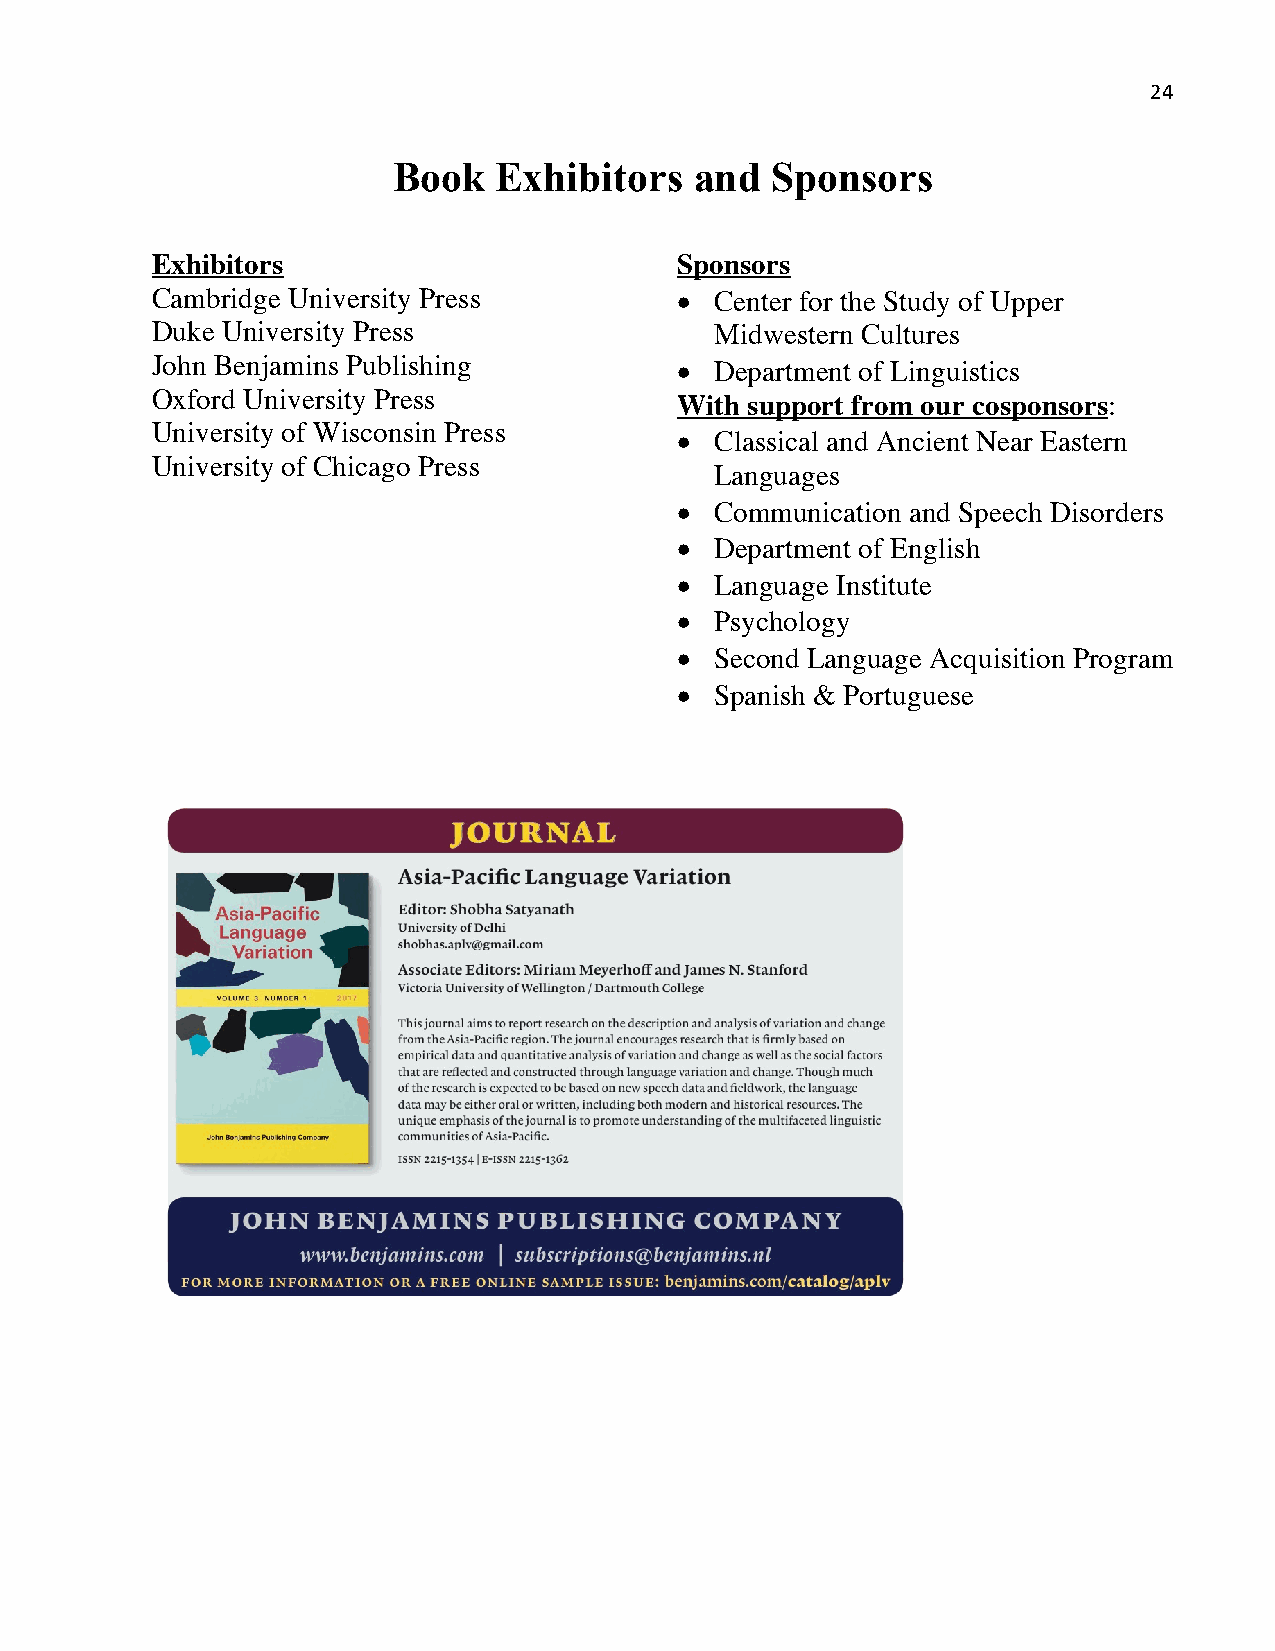
24
 Book   Exhibitors   and  Sponsors
 Exhibitors                         Sponsors
 Cambridge University Press         • Center for the Study of Upper
 Duke University Press                Midwestern Cultures
 John Benjamins Publishing          • Department of Linguistics
 Oxford University Press            With support from our cosponsors:
 University of Wisconsin Press
 • Classical and Ancient Near Eastern
 University of Chicago Press
 Languages
 • Communication and Speech Disorders
 • Department of English
 • Language Institute
 • Psychology
 • Second Language Acquisition Program
 • Spanish & Portuguese